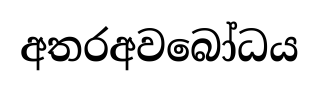
අතරඅවබෝධය